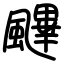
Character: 䬛